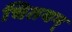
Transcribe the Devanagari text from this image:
चितयम्